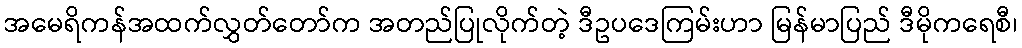
အမေရိကန်အထက်လွှတ်တော်က အတည်ပြုလိုက်တဲ့ ဒီဥပဒေကြမ်းဟာ မြန်မာပြည် ဒီမိုကရေစီ၊